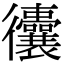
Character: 𢖧